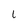
Character: l